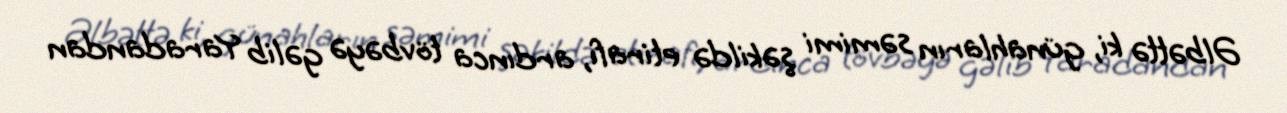
Əlbəttə ki, günahların səmimi şəkildə etirafı, ardınca tövbəyə gəlib Yaradandan